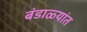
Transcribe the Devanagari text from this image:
बंडाळ्यांत